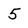
Character: 5